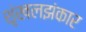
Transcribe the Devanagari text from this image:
शृंखलझंकार